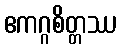
ဧကဂ္ဂစိတ္တဿ